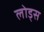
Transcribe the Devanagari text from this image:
लोड्स